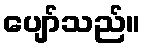
ပျော်သည်။